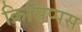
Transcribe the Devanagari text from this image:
क्रिसिप्पस